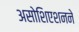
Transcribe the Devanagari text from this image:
असोशिएशनने